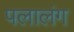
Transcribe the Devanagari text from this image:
पलालंग